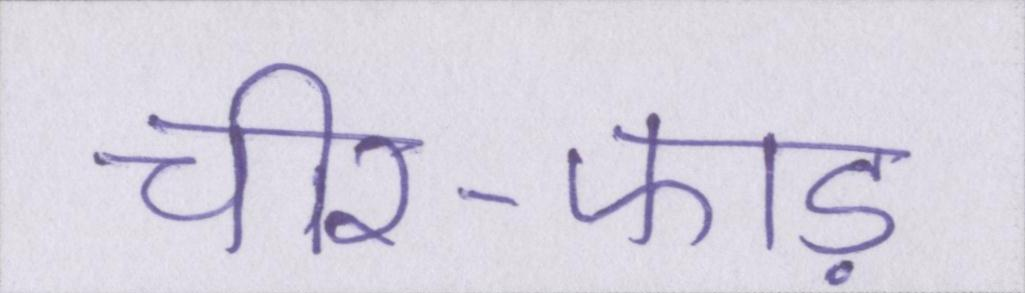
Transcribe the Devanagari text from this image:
चीर-फाड़